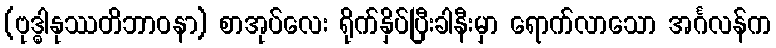
(ဗုဒ္ဓါနုဿတိဘာဝနာ) စာအုပ်လေး ရိုက်နှိပ်ပြီးခါနီးမှာ ရောက်လာသော အင်္ဂလန်က